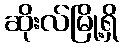
ဆိုးလ်မြို့ရှိ